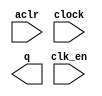
module lpm_counter_kal (
	aclr,
	clk_en,
	clock,
	q);

	input	  aclr;
	input	  clk_en;
	input	  clock;
	output	[13:0]  q;

endmodule